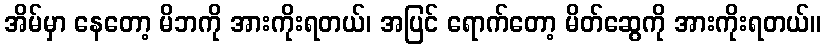
အိမ်မှာ နေတော့ မိဘကို အားကိုးရတယ်၊ အပြင် ရောက်တော့ မိတ်ဆွေကို အားကိုးရတယ်။